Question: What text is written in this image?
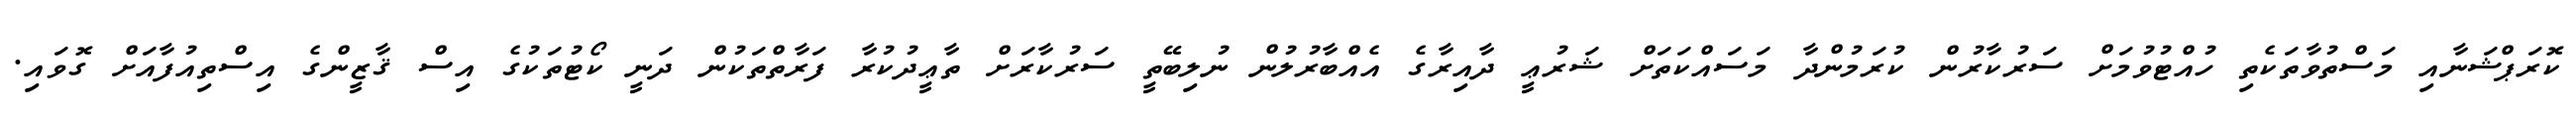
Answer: ކޮރަޕްޝަނާއި މަސްތުވާތަކެތި ހުއްޓުވުމަށް ސަރުކާރުން ކުރަމުންދާ މަސައްކަތަށް ޝަރުޢީ ދާއިރާގެ އެއްބާރުލުން ނުލިބޭތީ ސަރުކާރަށް ތާޢީދުކުރާ ފަރާތްތަކުން ދަނީ ކޯޓުތަކުގެ އިސް ޤާޒީންގެ އިސްތިއުފާއަށް ގޮވައި.